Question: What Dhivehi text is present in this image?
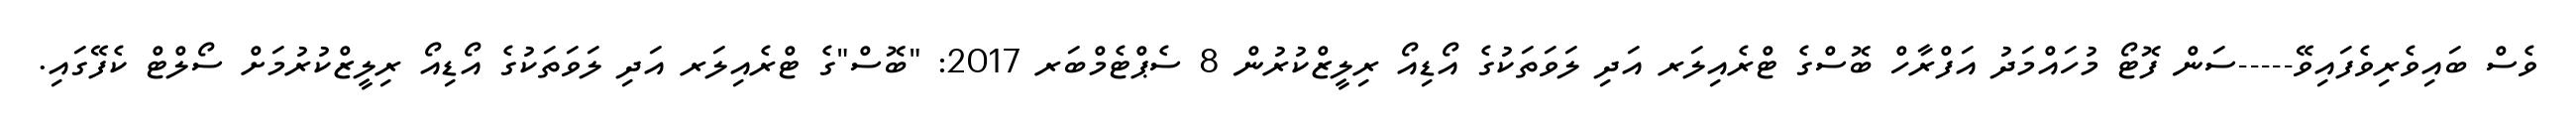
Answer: ވެސް ބައިވެރިވެފައިވޭ-----ސަން ފޮޓޯ މުހައްމަދު އަފްރާހް ބޮސްގެ ޓްރެއިލަރ އަދި ލަވަތަކުގެ އޯޑިއޯ ރިލީޒްކުރުން 8 ސެޕްޓެމްބަރ 2017: "ބޮސް"ގެ ޓްރެއިލަރ އަދި ލަވަތަކުގެ އޯޑިއޯ ރިލީޒްކުރުމަށް ސޯލްޓް ކެފޭގައި.